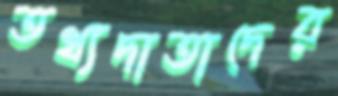
তথ্যদাতাদের